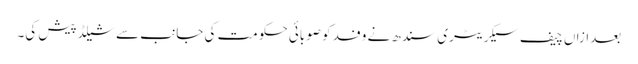
بعدازاں چیف سیکریٹری سندھ نے وفد کو صوبائی حکومت کی جانب سے شیلڈ پیش کی۔